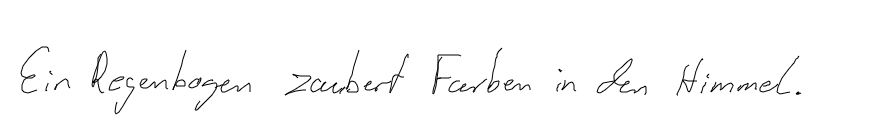
Ein Regenbogen zaubert Farben in den Himmel.